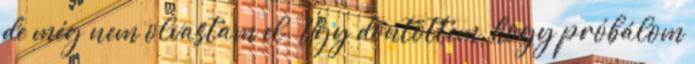
de még nem olvastam el. Úgy döntöttem, hogy próbálom